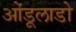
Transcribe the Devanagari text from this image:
ओंडूलाडो